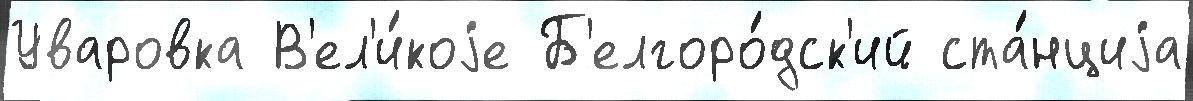
Уваровка В'ел'и́коjе Б'елгоро́дск'ий ста́нциjа